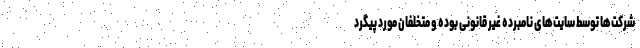
شرکت‌ها توسط سایت‌های نامبرده غیر قانونی بوده و متخلفان مورد پیگرد